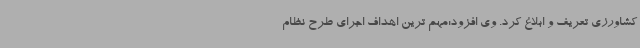
کشاورزی تعریف و ابلاغ کرد. وی افزود:مهم ترین اهداف اجرای طرح نظام